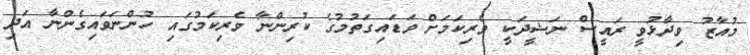
މުއާޒު ވިދާޅުވީ ރައީސް ނަޝީދަކީ ވެރިކަމަށް ވަޑައިގަތުމުގެ ކުރިންނާ ވެރިކަމުގައި ހުންނަވައިގެންނާ އަދި